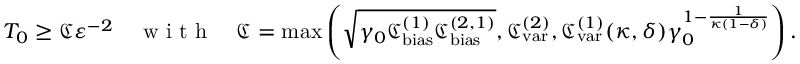
T _ { 0 } \ge \mathfrak { C } \varepsilon ^ { - 2 } \quad \textnormal { w i t h } \quad \mathfrak { C } = \operatorname* { m a x } \left( \sqrt { \gamma _ { 0 } \mathfrak { C _ { \mathrm { b i a s } } ^ { ( 1 ) } } \mathfrak { C _ { \mathrm { b i a s } } ^ { ( 2 , 1 ) } } } , \mathfrak { C _ { \mathrm { v a r } } ^ { ( 2 ) } } , \mathfrak { C _ { \mathrm { v a r } } ^ { ( 1 ) } } ( \kappa , \delta ) \gamma _ { 0 } ^ { 1 - \frac { 1 } { \kappa ( 1 - \delta ) } } \right) .